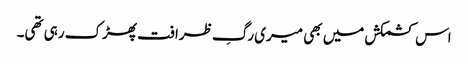
اس کشمکش میں بھی میری رگِ ظرافت پھڑک رہی تھی۔